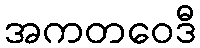
အကတဝေဒီ